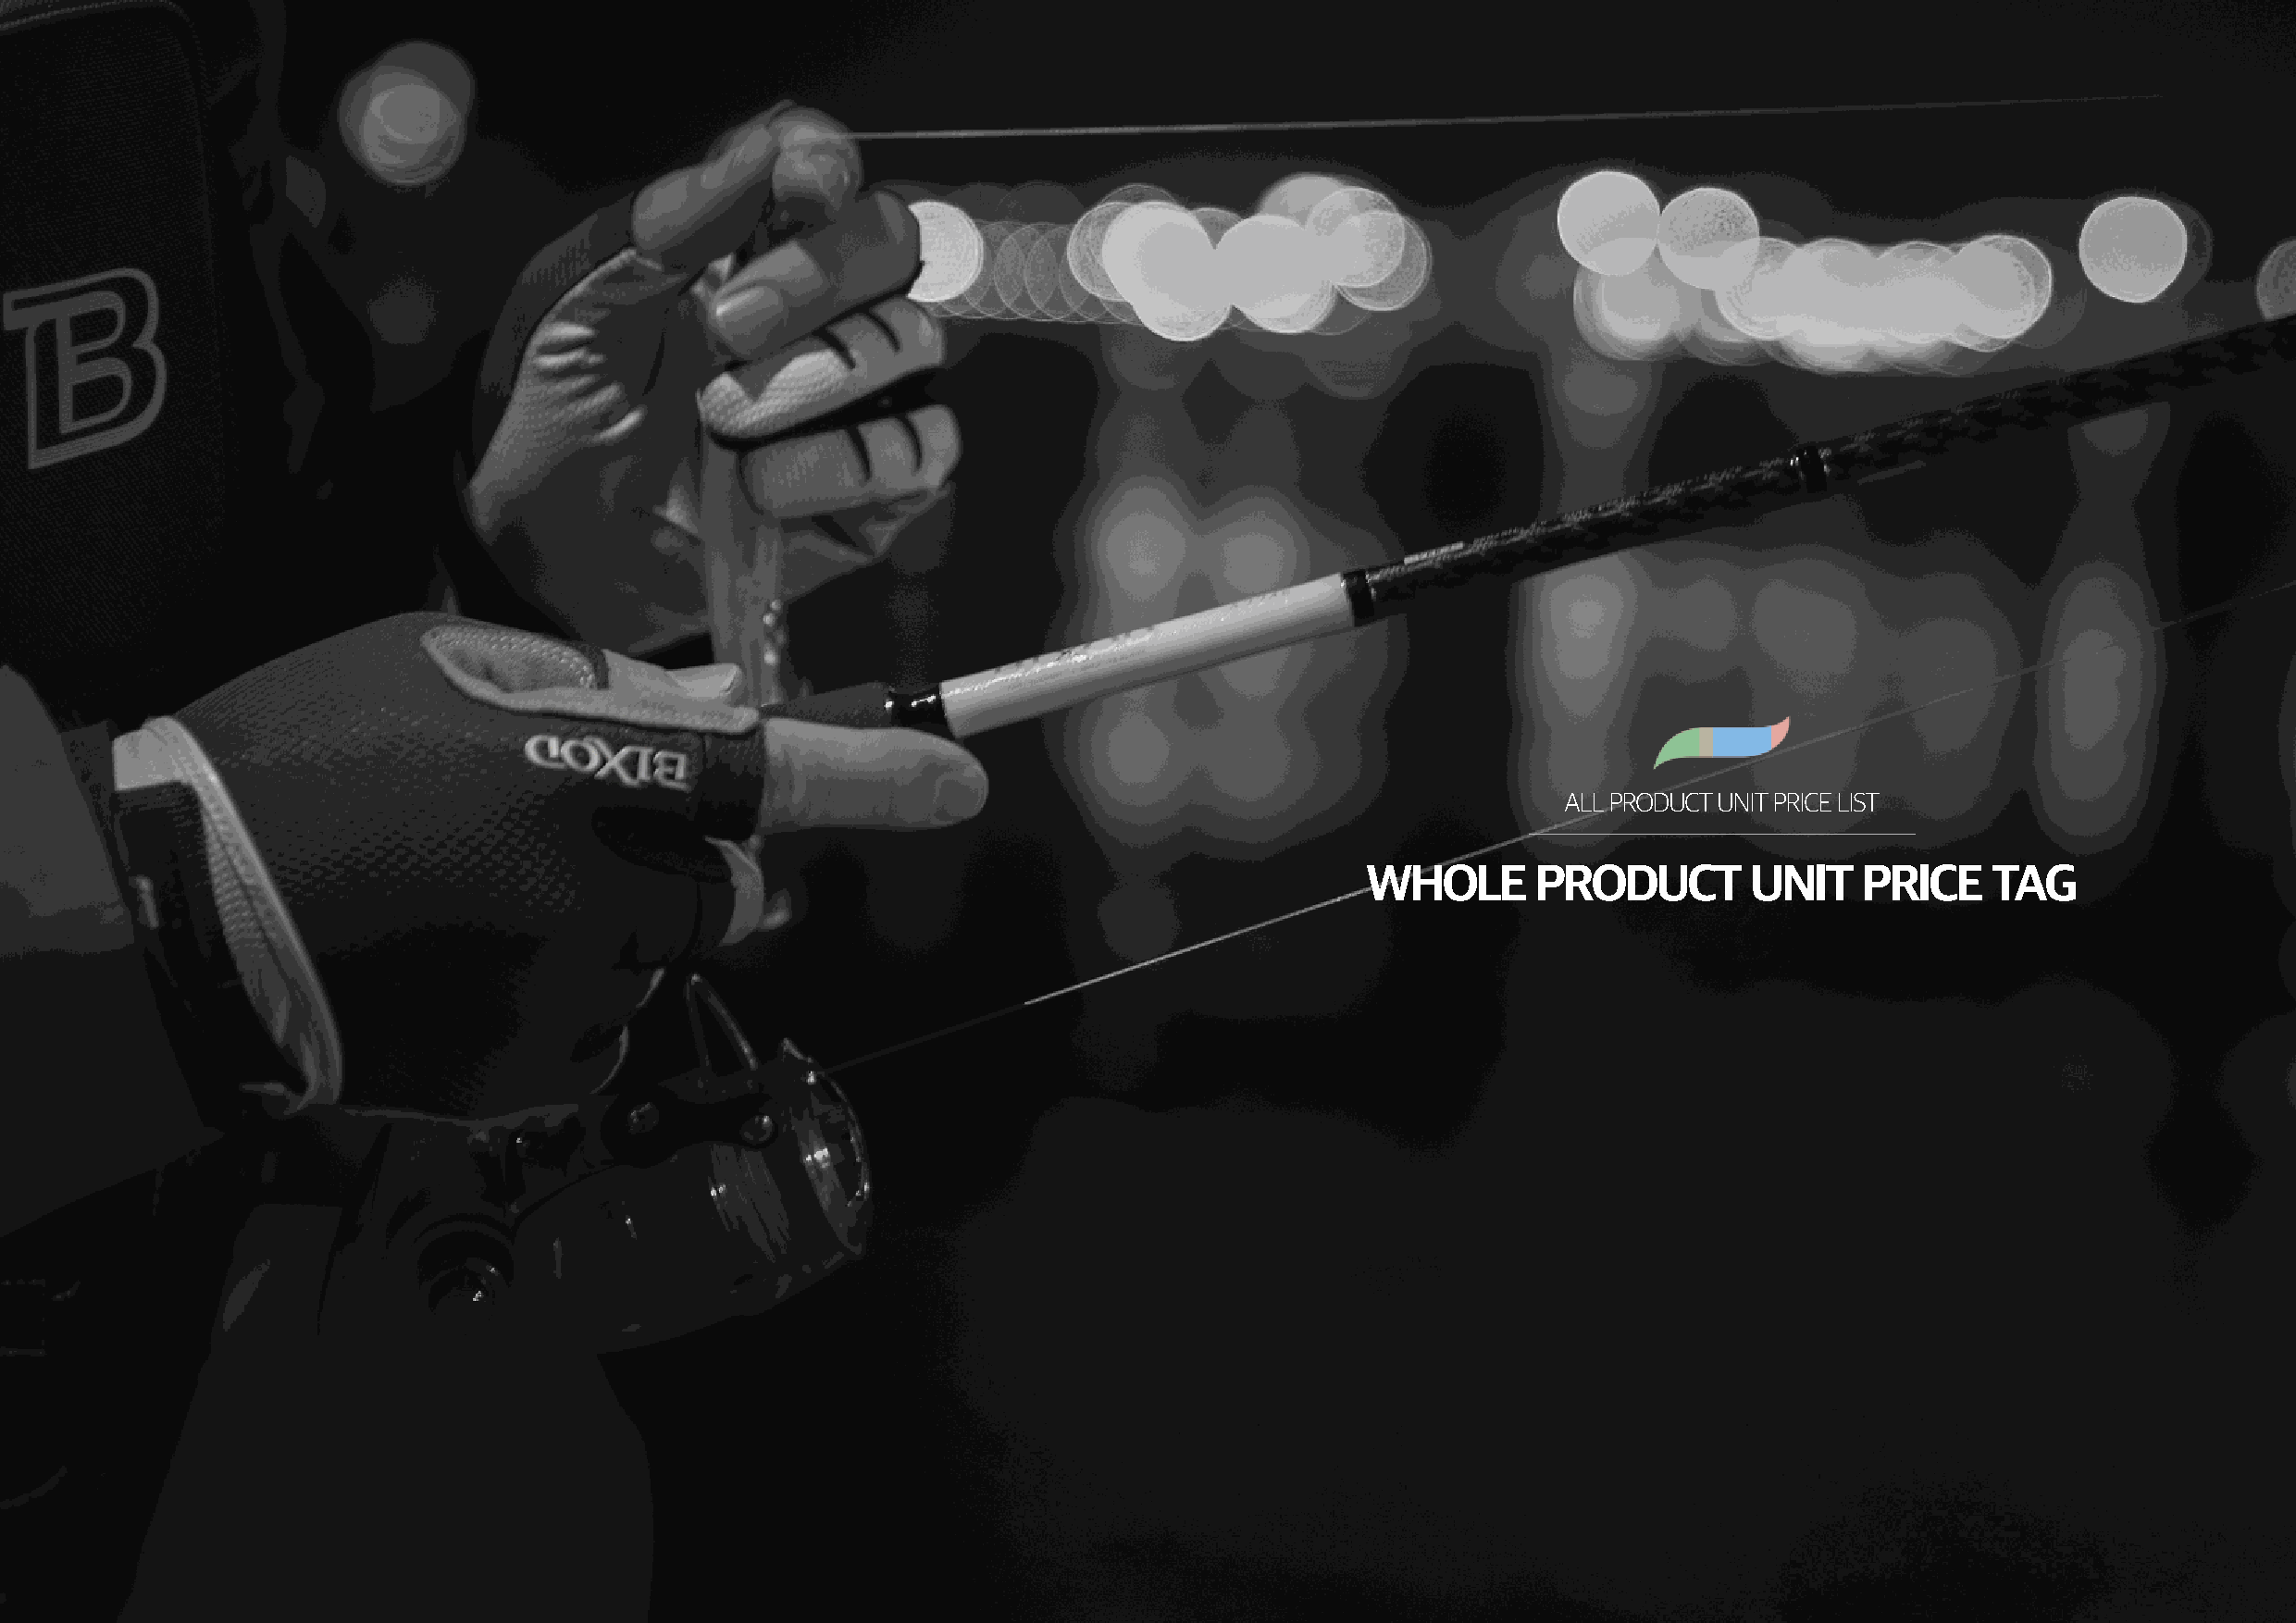
ALL PRODUCT UNIT PRICE LIST
 WhOLE       PROduCT        uNIT    PRICE    TAG